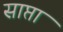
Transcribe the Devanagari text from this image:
साप्ता